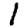
Digit: 1